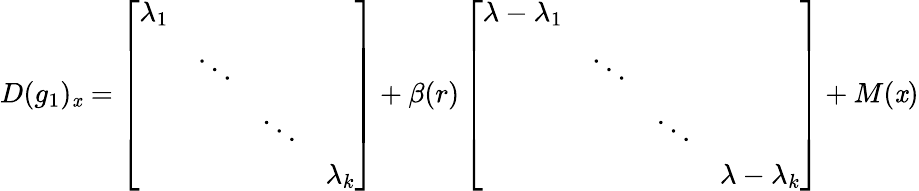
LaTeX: D(g_{1})_{\mathit{x}}=\left[\begin{array}{llll}{\lambda_{1}}&{\ }&{\ }&{\ }\\ {\ }&{\ddots}&{\ }&{\ }\\ {\ }&{\ }&{\ddots}&{\ }\\ {\ }&{\ }&{\ }&{\lambda_{k}}\end{array}\right]+\beta(r)\left[\begin{array}{llll}{\lambda-\lambda_{1}}&{\ }&{\ }&{\ }\\ {\ }&{\ddots}&{\ }&{\ }\\ {\ }&{\ }&{\ddots}&{\ }\\ {\ }&{\ }&{\ }&{\lambda-\lambda_{k}}\end{array}\right]+M(\mathit{x})